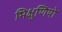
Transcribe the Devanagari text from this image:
भिक्षुणियो